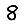
Digit: 8